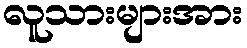
လူသားများအား